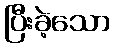
ပြီးခဲ့သော